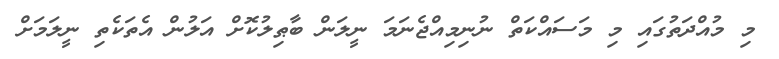
މި މުއްދަތުގައި މި މަސައްކަތް ނުނިމިއްޖެނަމަ ނީލަން ބާޠިލުކޮށް އަލުން އެތަކެތި ނީލަމަށް